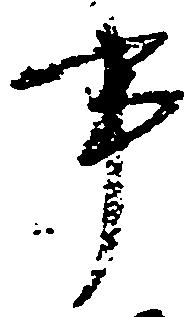
事